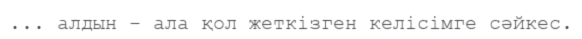
... алдын – ала қол жеткізген келісімге сәйкес.